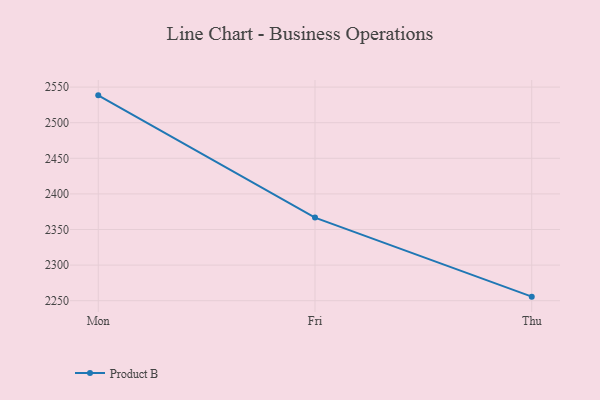
{"axis": {"x": "Day", "y": "Gross Profit (USD K)"}, "legend": ["Product B"], "data": [{"x": "Mon", "y": 2538.4, "type": "Product B"}, {"x": "Fri", "y": 2366.7, "type": "Product B"}, {"x": "Thu", "y": 2255.7, "type": "Product B"}]}